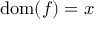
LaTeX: { \mathrm { d o m } } ( f ) = x